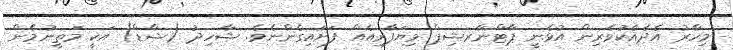
މިހާރު އެދެއެކުވެރިން އުޅެނީ ޕާޓްނާރޝިޕް ވިޔަފާރިއެއް ފަށައިގެންނެވެ. ޝާހިދު (ޝާޑް) އަކީ މަތީނުމެން